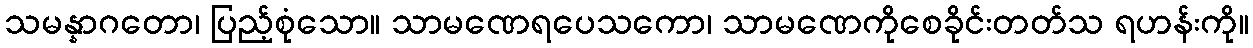
သမန္နာဂတော၊ ပြည့်စုံသော။ သာမဏေရပေသကော၊ သာမဏေကိုစေခိုင်းတတ်သ ရဟန်းကို။